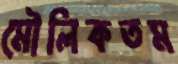
মৌলিকতম